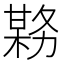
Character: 𫯊